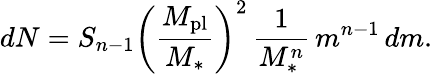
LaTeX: dN=S_{n-1}\left(\frac{M_{\mathrm{pl}}}{M_{*}}\right)^{2}\, \frac{1}{M_{*}^{n}}\, m^{n-1}\, dm.